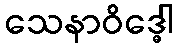
သေနာဝိဒ္ဓေါ